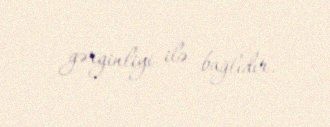
gərginliyi ilə bağlıdır.